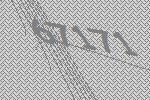
67171